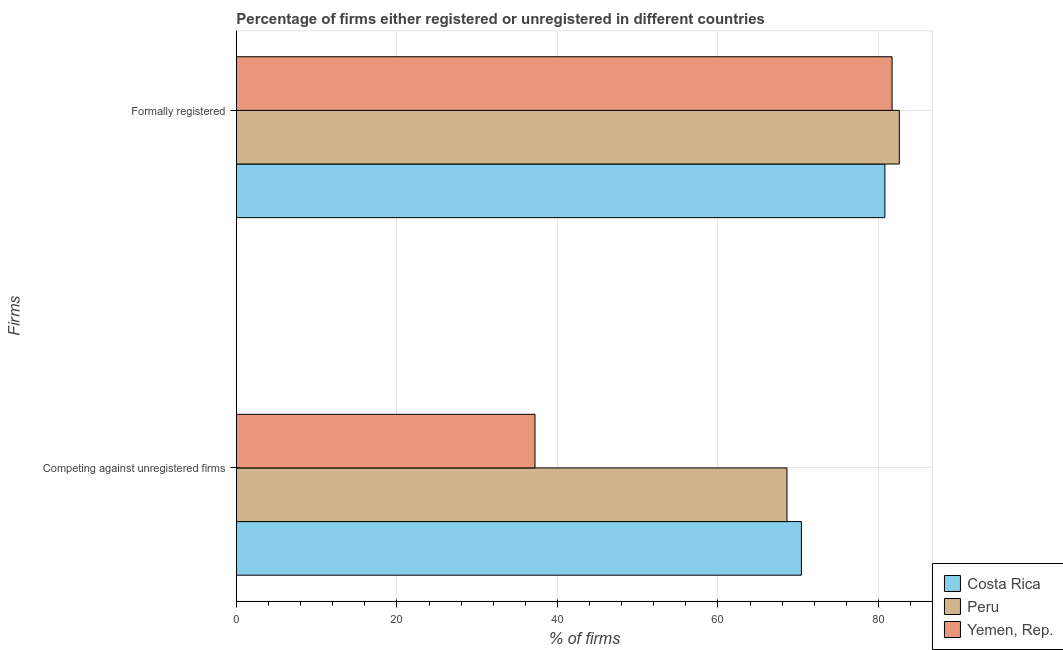
| Firms | Costa Rica | Peru | Yemen, Rep. |
 | --- | --- | --- | --- |
 | Competing against unregistered firms | 70.4 | 68.6 | 37.2 |
 | Formally registered | 80.8 | 82.6 | 81.7 |